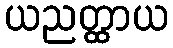
ယညတ္ထာယ